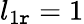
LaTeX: l_{1\mathtt{r}}=1